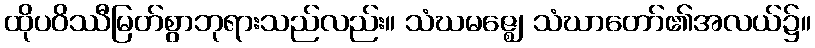
ထိုပဝိဿီမြတ်စွာဘုရားသည်လည်း။ သံဃမဇ္ဈေ၊ သံဃာတော်၏အလယ်၌။